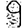
Digit: 9